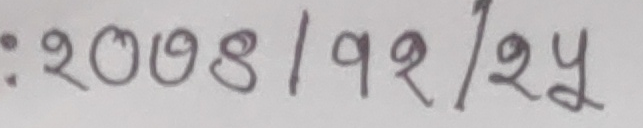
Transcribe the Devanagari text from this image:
: २००८/१२/२४